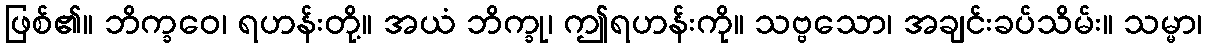
ဖြစ်၏။ ဘိက္ခဝေ၊ ရဟန်းတို့။ အယံ ဘိက္ခု၊ ဤရဟန်းကို။ သဗ္ဗသော၊ အချင်းခပ်သိမ်း။ သမ္မာ၊